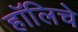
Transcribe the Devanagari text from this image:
हॉलिचे